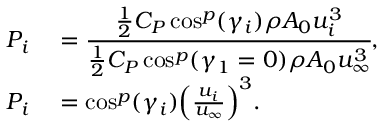
\begin{array} { r l } { P _ { i } } & { { } = \cfrac { \frac { 1 } { 2 } C _ { P } \cos ^ { p } ( \gamma _ { i } ) \rho A _ { 0 } u _ { i } ^ { 3 } } { \frac { 1 } { 2 } C _ { P } \cos ^ { p } ( \gamma _ { 1 } = 0 ) \rho A _ { 0 } u _ { \infty } ^ { 3 } } , } \\ { P _ { i } } & { { } = \cos ^ { p } ( \gamma _ { i } ) \Big ( \frac { u _ { i } } { u _ { \infty } } \Big ) ^ { 3 } . } \end{array}